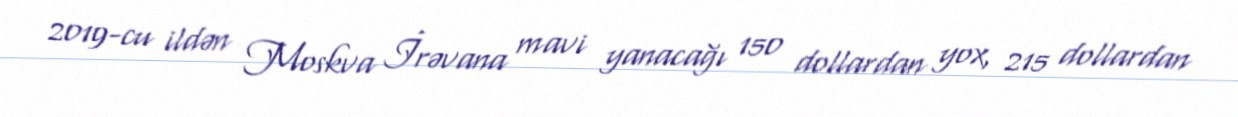
2019-cu ildən Moskva İrəvana mavi yanacağı 150 dollardan yox, 215 dollardan